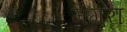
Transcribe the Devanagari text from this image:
मैगरा